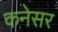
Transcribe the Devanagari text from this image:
कनेसर